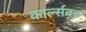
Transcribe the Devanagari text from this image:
कार्ल्सबड